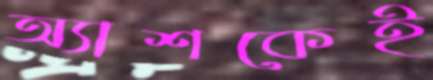
অ্যাশকেই